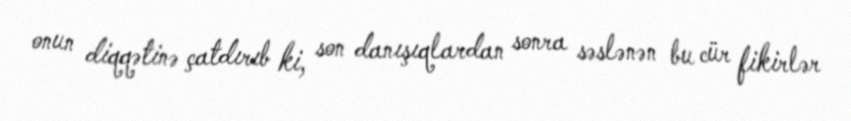
onun diqqətinə çatdırıb ki, son danışıqlardan sonra səslənən bu cür fikirlər